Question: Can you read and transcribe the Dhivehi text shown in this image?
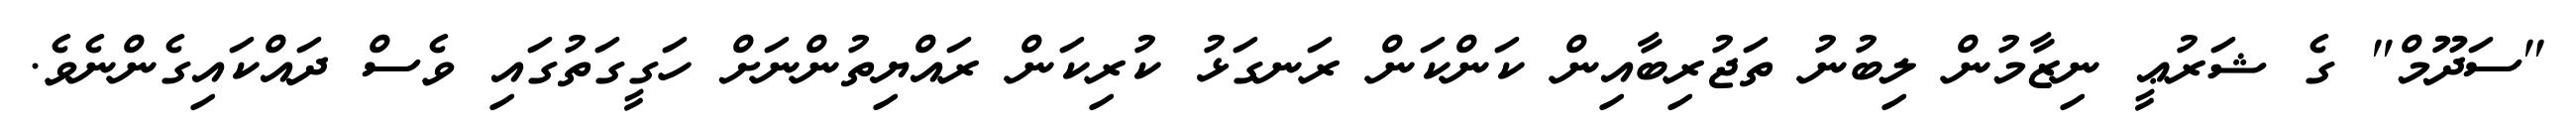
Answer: "ސަދޫމް" ގެ ޝަރުޢީ ނިޒާމުން ލިބުނު ތަޖުރިބާއިން ކަންކަން ރަނގަޅު ކުރިކަން ރައްޔިތުންނަށް ހަގީގަތުގައި ވެސް ދައްކައިގެންނެވެ.